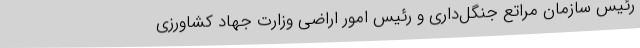
رئیس سازمان مراتع جنگل‌داری و رئیس امور اراضی وزارت جهاد کشاورزی